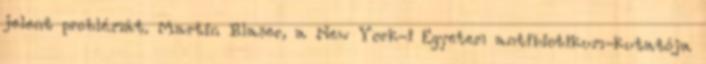
jelent problémát. Martin Blaser, a New York-i Egyetem antibiotikum-kutatója